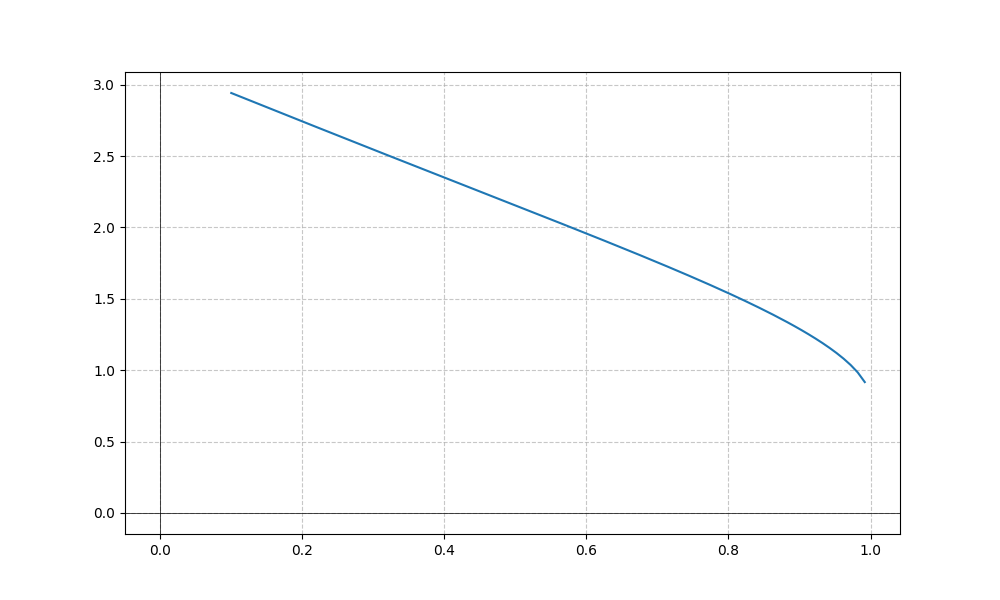
LaTeX formula: \operatorname{acos}{\left(x \right)} + \operatorname{acot}{\left(x \right)}